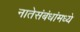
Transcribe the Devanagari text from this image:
नातेसंबंधांमध्ये